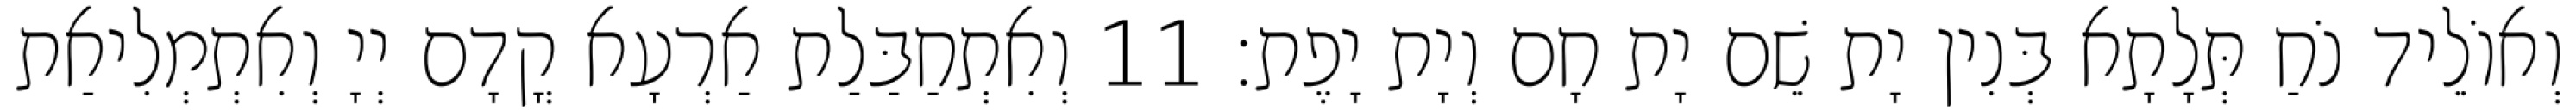
וְאוֹלֵיד נֹחַ תְּלָתָא בְּנִין יָת שֵׁם יָת חָם וְיָת יָפֶת׃ 11 וְאִתְחַבַּלַת אַרְעָא קֳדָם יְיָ וְאִתְמְלִיאַת